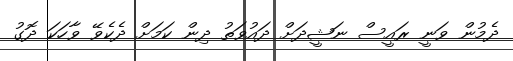
ދެމުން ވަނީ ރައީސް ނަޝީދަށް ދައުވަތު ދިން ކަމަށް ދެކެވޭ ވާހަކަ ދޮގު